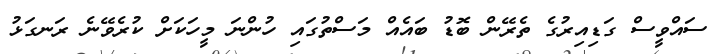
ސައްވީސް ގަޑިއިރުގެ ތެރޭން ބޮޑު ބައެއް މަސްތުގައި ހުންނަ މީހަކަށް ކުރެވޭނެ ރަނގަޅު